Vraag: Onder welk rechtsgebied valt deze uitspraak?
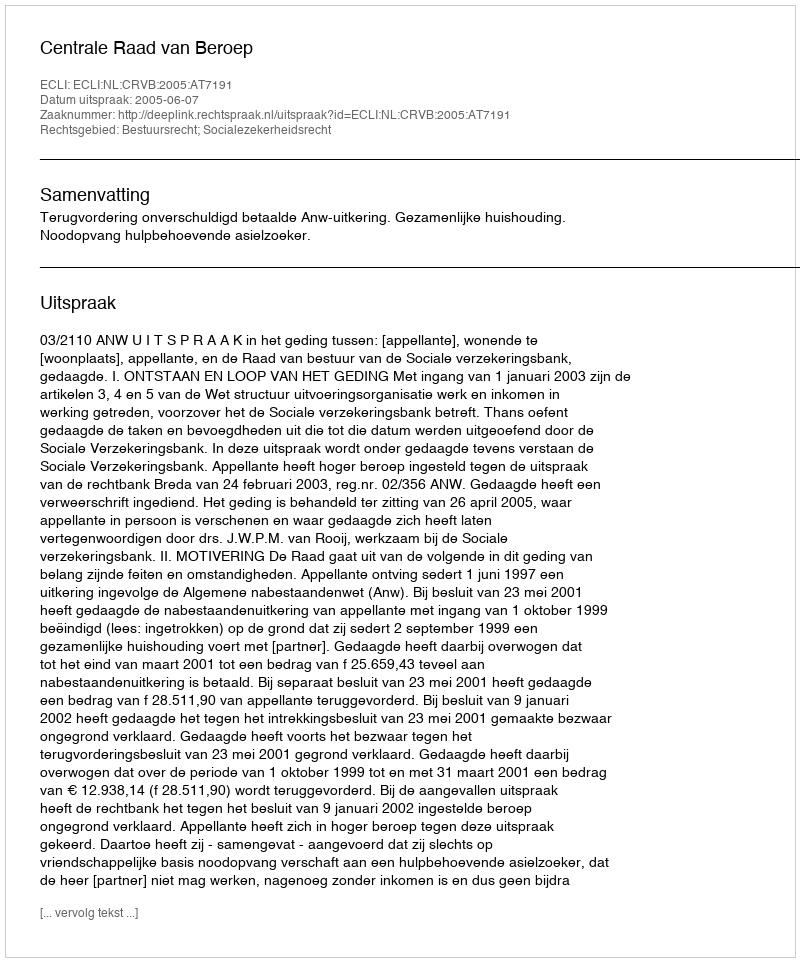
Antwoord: Bestuursrecht; Socialezekerheidsrecht